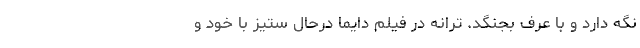
نگه دارد و با عرف بجنگد. ترانه در فيلم دايما درحال ستيز با خود و